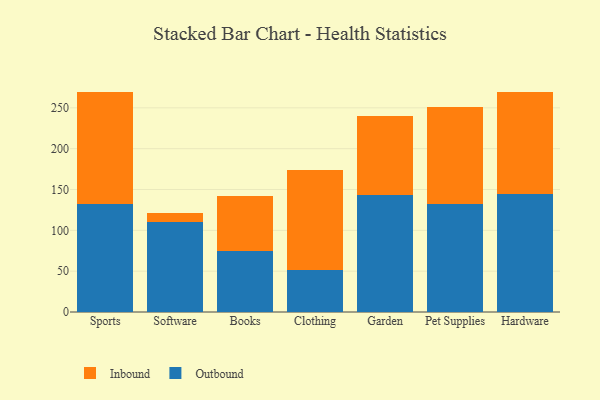
{"axis": {"x": "Category", "y": "Active Users"}, "legend": ["Inbound", "Outbound"], "data": [{"x": "Sports", "y": 131.8, "type": "Outbound"}, {"x": "Sports", "y": 137.2, "type": "Inbound"}, {"x": "Software", "y": 110.3, "type": "Outbound"}, {"x": "Software", "y": 10.4, "type": "Inbound"}, {"x": "Books", "y": 74.5, "type": "Outbound"}, {"x": "Books", "y": 67.2, "type": "Inbound"}, {"x": "Clothing", "y": 51.7, "type": "Outbound"}, {"x": "Clothing", "y": 121.9, "type": "Inbound"}, {"x": "Garden", "y": 143.2, "type": "Outbound"}, {"x": "Garden", "y": 96.3, "type": "Inbound"}, {"x": "Pet Supplies", "y": 131.8, "type": "Outbound"}, {"x": "Pet Supplies", "y": 119.7, "type": "Inbound"}, {"x": "Hardware", "y": 143.9, "type": "Outbound"}, {"x": "Hardware", "y": 126.0, "type": "Inbound"}]}